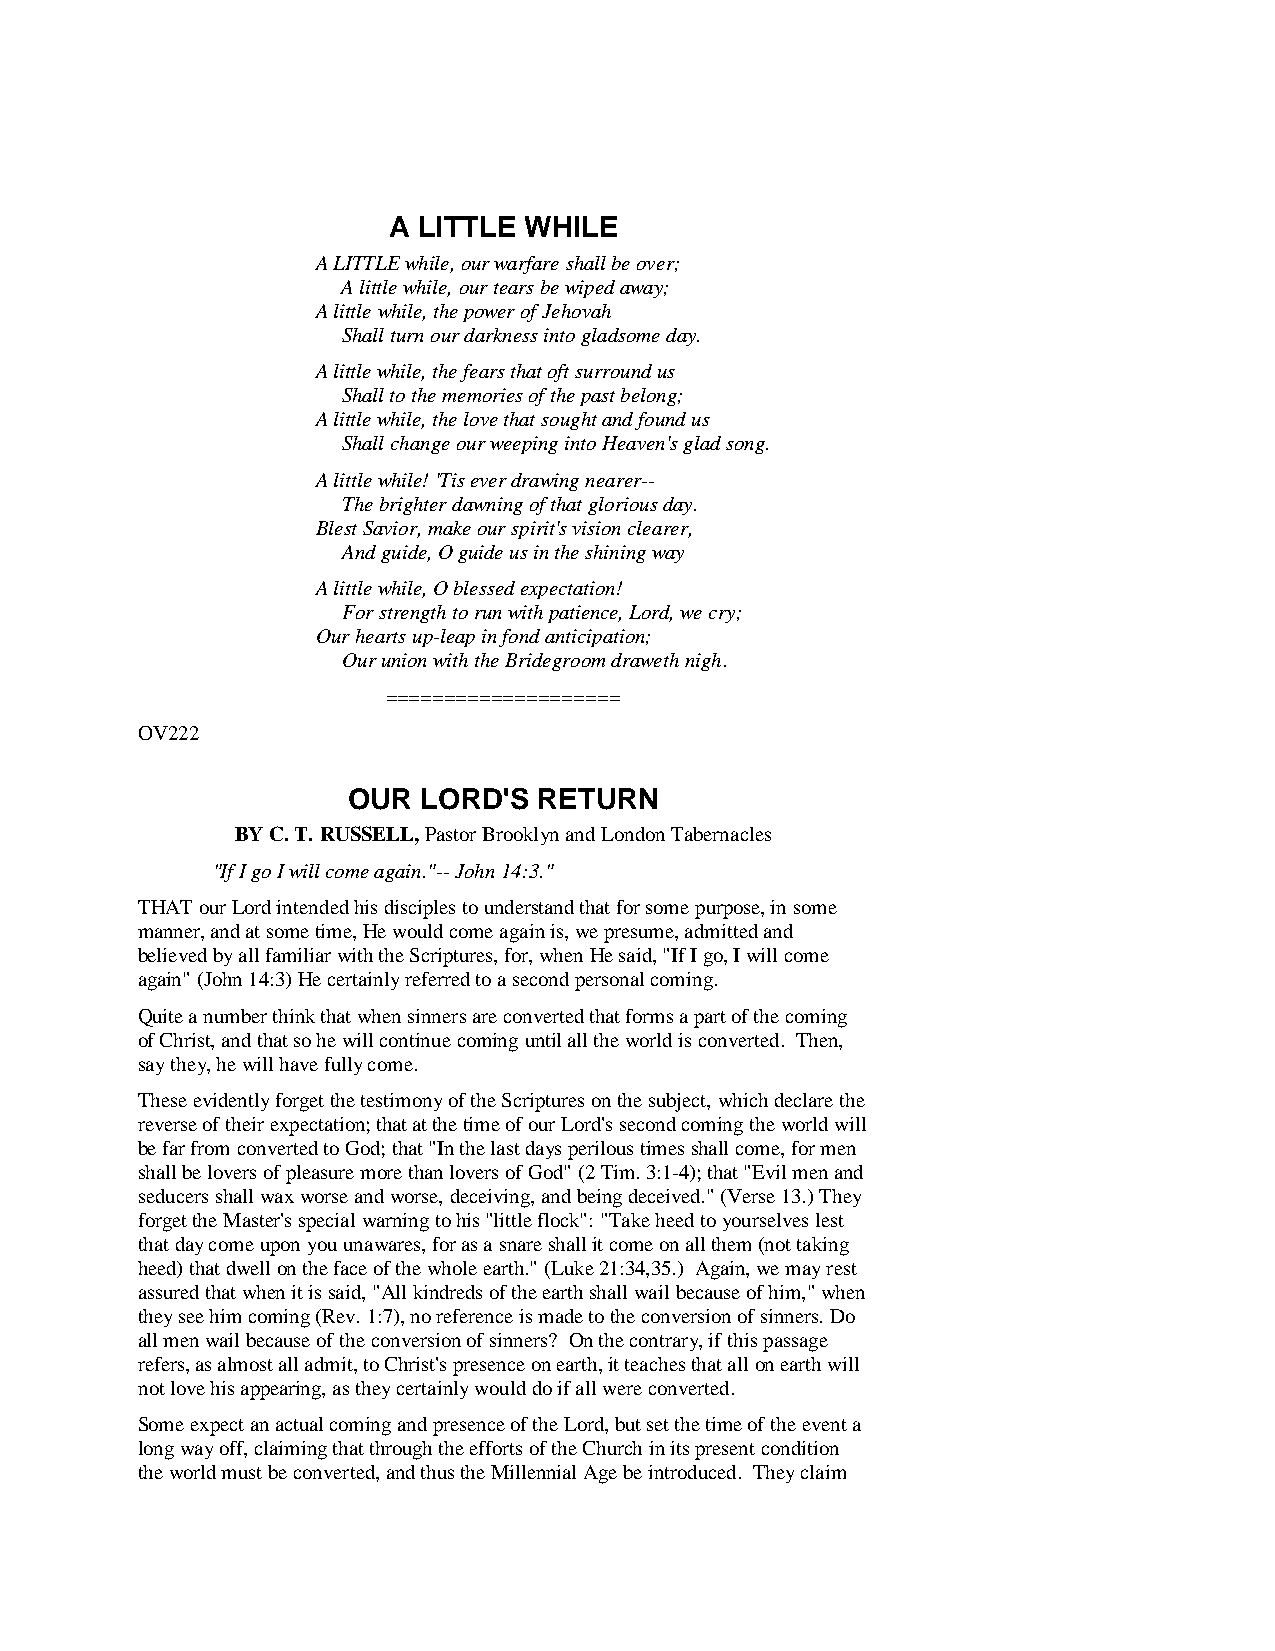
A LITTLE WHILE
 A LITTLE while, our warfare shall be over;
 A little while, our tears be wiped away;
 A little while, the power of Jehovah
 Shall turn our darkness into gladsome day.
 A little while, the fears that oft surround us
 Shall to the memories of the past belong;
 A little while, the love that sought and found us
 Shall change our weeping into Heaven's glad song.
 A little while! 'Tis ever drawing nearer--
 The brighter dawning of that glorious day.
 Blest Savior, make our spirit's vision clearer,
 And guide, O guide us in the shining way
 A little while, O blessed expectation!
 For strength to run with patience, Lord, we cry;
 Our hearts up-leap in fond anticipation;
 Our union with the Bridegroom draweth nigh.
 ====================
 OV222
 OUR  LORD'S  RETURN
 BY C. T. RUSSELL, Pastor Brooklyn and London Tabernacles
 "If I go I will come again."-- John 14:3."
 THAT our Lord intended his disciples to understand that for some purpose, in some
 manner, and at some time, He would come again is, we presume, admitted and
 believed by all familiar with the Scriptures, for, when He said, "If I go, I will come
 again" (John 14:3) He certainly referred to a second personal coming.
 Quite a number think that when sinners are converted that forms a part of the coming
 of Christ, and that so he will continue coming until all the world is converted. Then,
 say they, he will have fully come.
 These evidently forget the testimony of the Scriptures on the subject, which declare the
 reverse of their expectation; that at the time of our Lord's second coming the world will
 be far from converted to God; that "In the last days perilous times shall come, for men
 shall be lovers of pleasure more than lovers of God" (2 Tim. 3:1-4); that "Evil men and
 seducers shall wax worse and worse, deceiving, and being deceived." (Verse 13.) They
 forget the Master's special warning to his "little flock": "Take heed to yourselves lest
 that day come upon you unawares, for as a snare shall it come on all them (not taking
 heed) that dwell on the face of the whole earth." (Luke 21:34,35.) Again, we may rest
 assured that when it is said, "All kindreds of the earth shall wail because of him," when
 they see him coming (Rev. 1:7), no reference is made to the conversion of sinners. Do
 all men wail because of the conversion of sinners? On the contrary, if this passage
 refers, as almost all admit, to Christ's presence on earth, it teaches that all on earth will
 not love his appearing, as they certainly would do if all were converted.
 Some expect an actual coming and presence of the Lord, but set the time of the event a
 long way off, claiming that through the efforts of the Church in its present condition
 the world must be converted, and thus the Millennial Age be introduced. They claim